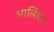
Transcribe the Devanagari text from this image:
आर्लियंस